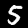
Label: 5